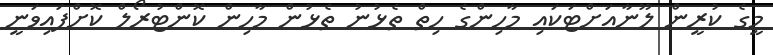
މީގެ ކުރީން ލޫނާއަށްޓަކައި މާހިންގެ ހިތް ތެޅުނު ތެޅުން މާހިން ކޮންޓުރޯލް ކޮށްފައިވަނީ